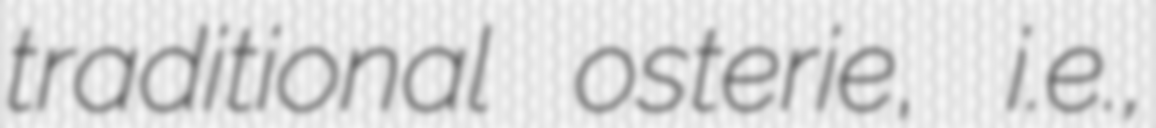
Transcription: traditional osterie, i.e.,